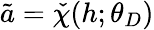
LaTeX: \tilde{a}=\check{\chi}(h;\theta_{D})